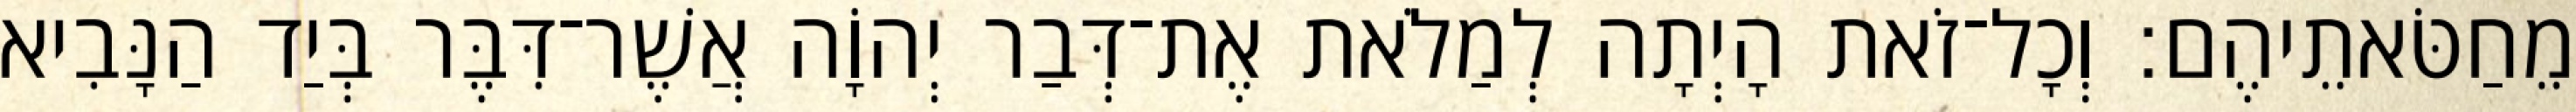
מֵחַטֹּאתֵיהֶם׃ וְכָל־זֹאת הָיְתָה לְמַלֹאת אֶת־דְּבַר יְהוָֹה אֲשֶׁר־דִּבֶּר בְּיַד הַנָּבִיא